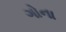
ગોના